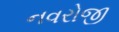
નવરોજી